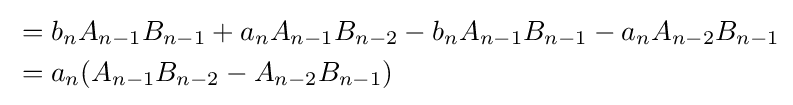
{\begin{aligned}&=b_{n}A_{n-1}B_{n-1}+a_{n}A_{n-1}B_{n-2}-b_{n}A_{n-1}B_{n-1}-a_{n}A_{n-2}B_{n-1}\\&=a_{n}(A_{n-1}B_{n-2}-A_{n-2}B_{n-1})\end{aligned}}